Civil Veterinary Dept. Bombay admin report 1900-1906 - 1900-1906
Year: 1900
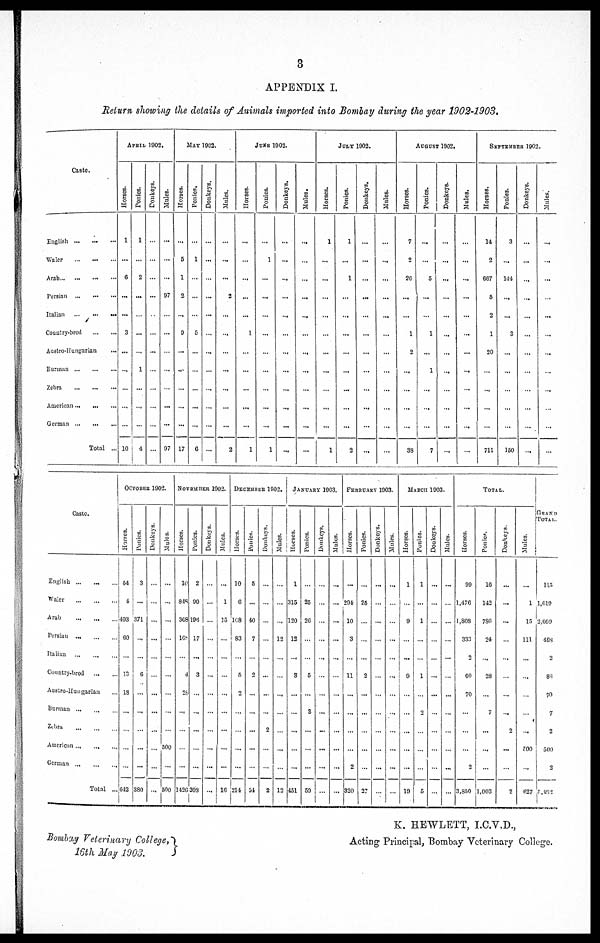
3
APPENDIX I.
Return showing the details of Animals imported into Bombay during the year 1902-1903.
Caste.
English … … …
Waler … … …
Arab … … …
Persian … … …
Italian … … …
Country-bred … …
Austro-Hungarian …
Burman … … …
Zebra … … …
American … … …
German … … …
Total ...
APRIL, 1902.
Horses.
1
…
6
...
...
3
...
...
…
…
…
10
Ponies.
1
…
2
...
…
...
...
1
…
...
…
4
Donkeys.
…
…
…
...
…
…
…
…
…
…
…
…
Mules.
...
...
...
97
…
…
…
...
…
...
...
97
MAY 1902.
Horses.
…
5
1
2
...
9
…
…
…
…
...
17
Ponies.
…
1
...
…
…
5
…
…
…
...
...
6
Donkeys.
…
...
…
…
…
…
...
…
...
…
…
...
Mules.
…
...
…
2
...
...
...
...
...
…
…
2
JUKE 1902.
Horses.
…
…
...
…
...
1
…
…
...
...
...
1
Ponies.
…
1
...
...
…
...
…
...
...
...
...
1
Donkeys.
…
...
...
...
...
…
...
...
...
…
...
...
Mules.
…
...
...
...
...
…
...
...
…
...
...
...
JULY 1902.
Horses.
1
...
...
...
…
...
...
...
…
…
…
1
Ponies.
1
…
1
...
...
...
…
...
...
...
...
2
Donkeys.
…
...
...
...
...
...
...
…
…
...
…
...
Mules.
…
...
...
…
...
…
...
...
...
...
...
...
AUGUST 1902.
Horses.
7
2
20
...
…
1
2
...
…
...
...
33
Ponies.
…
...
5
…
…
1
...
1
...
...
...
7
Donkeys.
...
...
...
...
…
...
…
...
…
…
...
...
Mules.
…
...
...
...
…
…
…
…
…
...
...
…
SEPTEMBER 1902.
Horses,
14
2
667
5
2
1
20
…
...
...
...
711
Ponies.
3
...
144
...
...
3
…
...
…
...
...
160
Donkeys.
…
...
...
...
…
…
…
...
...
...
…
...
Mules.
...
...
...
…
...
…
...
…
...
…
…
…
Caste.
English … … …
Waler … … …
Arab … … …
Persian ... … …
Italian … … …
Country-bred … …
Austro-Hungarian …
Burman ... … …
Zebra … … …
American … … …
German … … …
Total ...
OCTOBER 1902.
Horses.
54
4
493
60
…
13
18
…
…
…
…
642
Ponies.
3
…
371
...
...
6
…
...
…
…
...
380
Donkeys.
…
…
…
...
…
…
...
...
…
…
…
...
Mules.
…
...
…
…
…
…
…
…
…
500
…
500
NOVEMBER 1902.
Horses.
10
848
368
168
…
4
28
...
…
…
...
1420
Ponies.
2
90
196
17
...
3
…
...
…
…
…
303
Donkeys.
…
…
…
…
…
…
…
…
…
…
…
…
Mules.
…
1
15
…
…
…
…
…
…
…
…
16
DECEMBER 1902.
Horses.
10
6
108
83
…
5
2
…
…
…
…
214
Ponies.
5
...
40
7
…
2
…
…
...
…
…
51
Donkeys.
…
…
…
…
…
…
…
…
2
…
…
2
Mules.
…
...
...
12
…
...
…
…
…
…
…
12
JANUARY 1903.
Horses.
1
315
120
13
...
3
…
…
...
…
…
451
Ponies.
…
25
26
…
…
5
...
3
...
...
…
59
Donkeys.
…
…
…
…
...
…
…
…
...
...
...
…
Mules.
…
…
…
...
…
…
...
…
…
…
...
…
FEBRUARY 1903.
Horses.
…
294
10
3
…
11
…
…
…
…
2
320
Ponies.
…
25
...
...
…
2
…
…
…
…
…
27
Donkeys.
…
…
…
…
…
…
…
…
…
…
...
…
Mules.
…
…
…
…
…
...
…
...
…
…
...
…
MARCH 1903.
Horses.
1
…
9
…
...
9
…
…
…
...
…
19
Pontes.
1
…
1
…
…
1
…
2
…
…
…
5
Donkeys.
…
…
…
…
…
…
...
…
…
…
…
…
Mules.
…
…
…
…
...
…
…
...
...
…
...
…
TOTAL.
Horses.
99
1,476
1,808
333
2
60
70
…
...
…
2
3,850
Ponies.
10
142
7S0
24
...
28
…
7
...
...
…
1,003
Donkeys.
…
...
...
…
...
…
…
...
2
…
…
2
Mules.
…
1
15
111
…
…
…
…
…
500
...
627
GRAND
TOTAL.
115
1,019
2,669
468
2
83
70
7
2
500
2
5,482
Bombay Veterinary College,
16th May 1903.
K. HEWLETT, I.C.V.D.,
Acting Principal, Bombay Veterinary College.